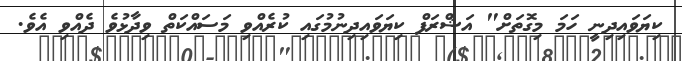
ކިޔަވައިދިނީ ހަމަ މިގޮތަށް" އަޝްރަފް ކިޔަވައިދިނުމުގައި ކުރެއްވި މަސައްކަތް ވިދާޅުވެ ދެއްވި އެވެ.